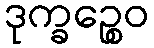
ဒုက္ခဉ္စေဝ